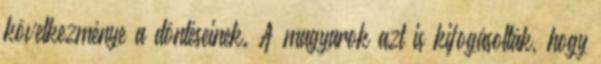
következménye a döntéseinek. A magyarok azt is kifogásolták, hogy